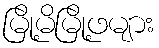
မြို့မိမြို့ဖများ